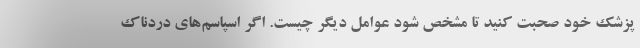
پزشک خود صحبت کنید تا مشخص شود عوامل دیگر چیست. اگر اسپاسم‌های دردناک